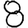
Digit: 8